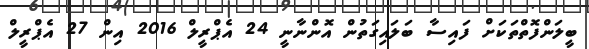
ބީލަންފޮތްތަކަށް ފައިސާ ބަލައިގަތުން އޮންނާނީ 24 އެޕްރީލް 2016 އިން 27 އެޕްރީލް